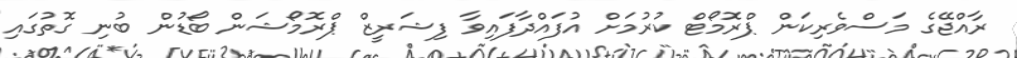
ރާއްޖޭގެ މަސްވެރިކަން ޕްރޮމޯޓް ކުރުމަށް އުފައްދާފައިވާ ފިޝަރީޒް ޕްރޮމޯޝަން ބޯޑުން ބުނި ގޮތުގައި